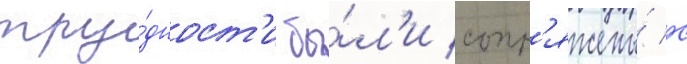
тру́дност'и бы́л'и сопр'яжены́ с